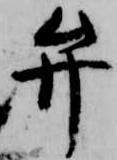
弁